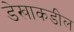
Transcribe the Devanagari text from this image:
डेखाकडील